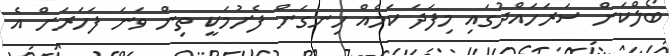
ބޯލްކަން ސަރަހައްދުގައި މިފަދަ ކަމެއް ހިނގަން ފެށުމަކީ ތިން ވަނަ ފަހަރަށް އެ